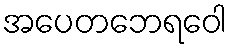
အပေတဘေရဝေါ